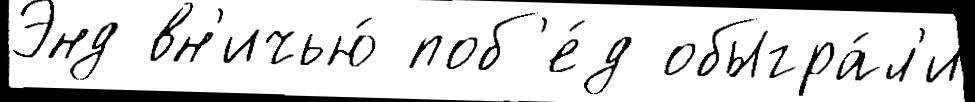
Энд вн'ичью́ поб'е́д обыгра́л'и